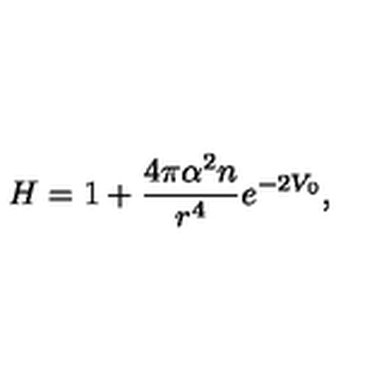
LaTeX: H = 1 + \frac { 4 \pi \alpha ^ { 2 } n } { r ^ { 4 } } e ^ { - 2 V _ { 0 } } ,